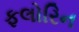
ફલોરિન